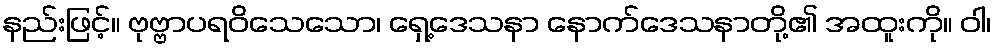
နည်းဖြင့်။ ဗုဗ္ဗာပရဝိသေသော၊ ရှေ့ဒေသနာ နောက်ဒေသနာတို့၏ အထူးကို။ ဝါ၊